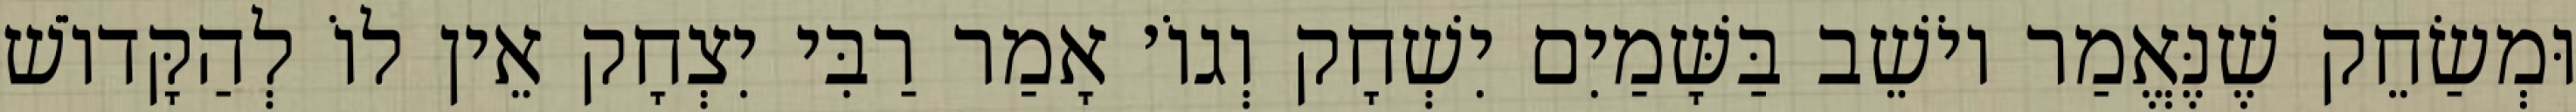
וּמְשַׂחֵק שֶׁנֶּאֱמַר יוֹשֵׁב בַּשָּׁמַיִם יִשְׁחָק וְגוֹ׳ אָמַר רַבִּי יִצְחָק אֵין לוֹ לְהַקָּדוֹשׁ